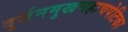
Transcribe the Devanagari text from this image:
दुर्जनमुखमहाचपेटिका